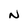
Character: N